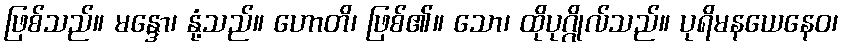
ဖြစ်သည်။ မန္ဒော၊ နုံ့သည်။ ဟောတိ၊ ဖြစ်၏။ သော၊ ထိုပုဂ္ဂိုလ်သည်။ ပုရိမနယေနေဝ၊